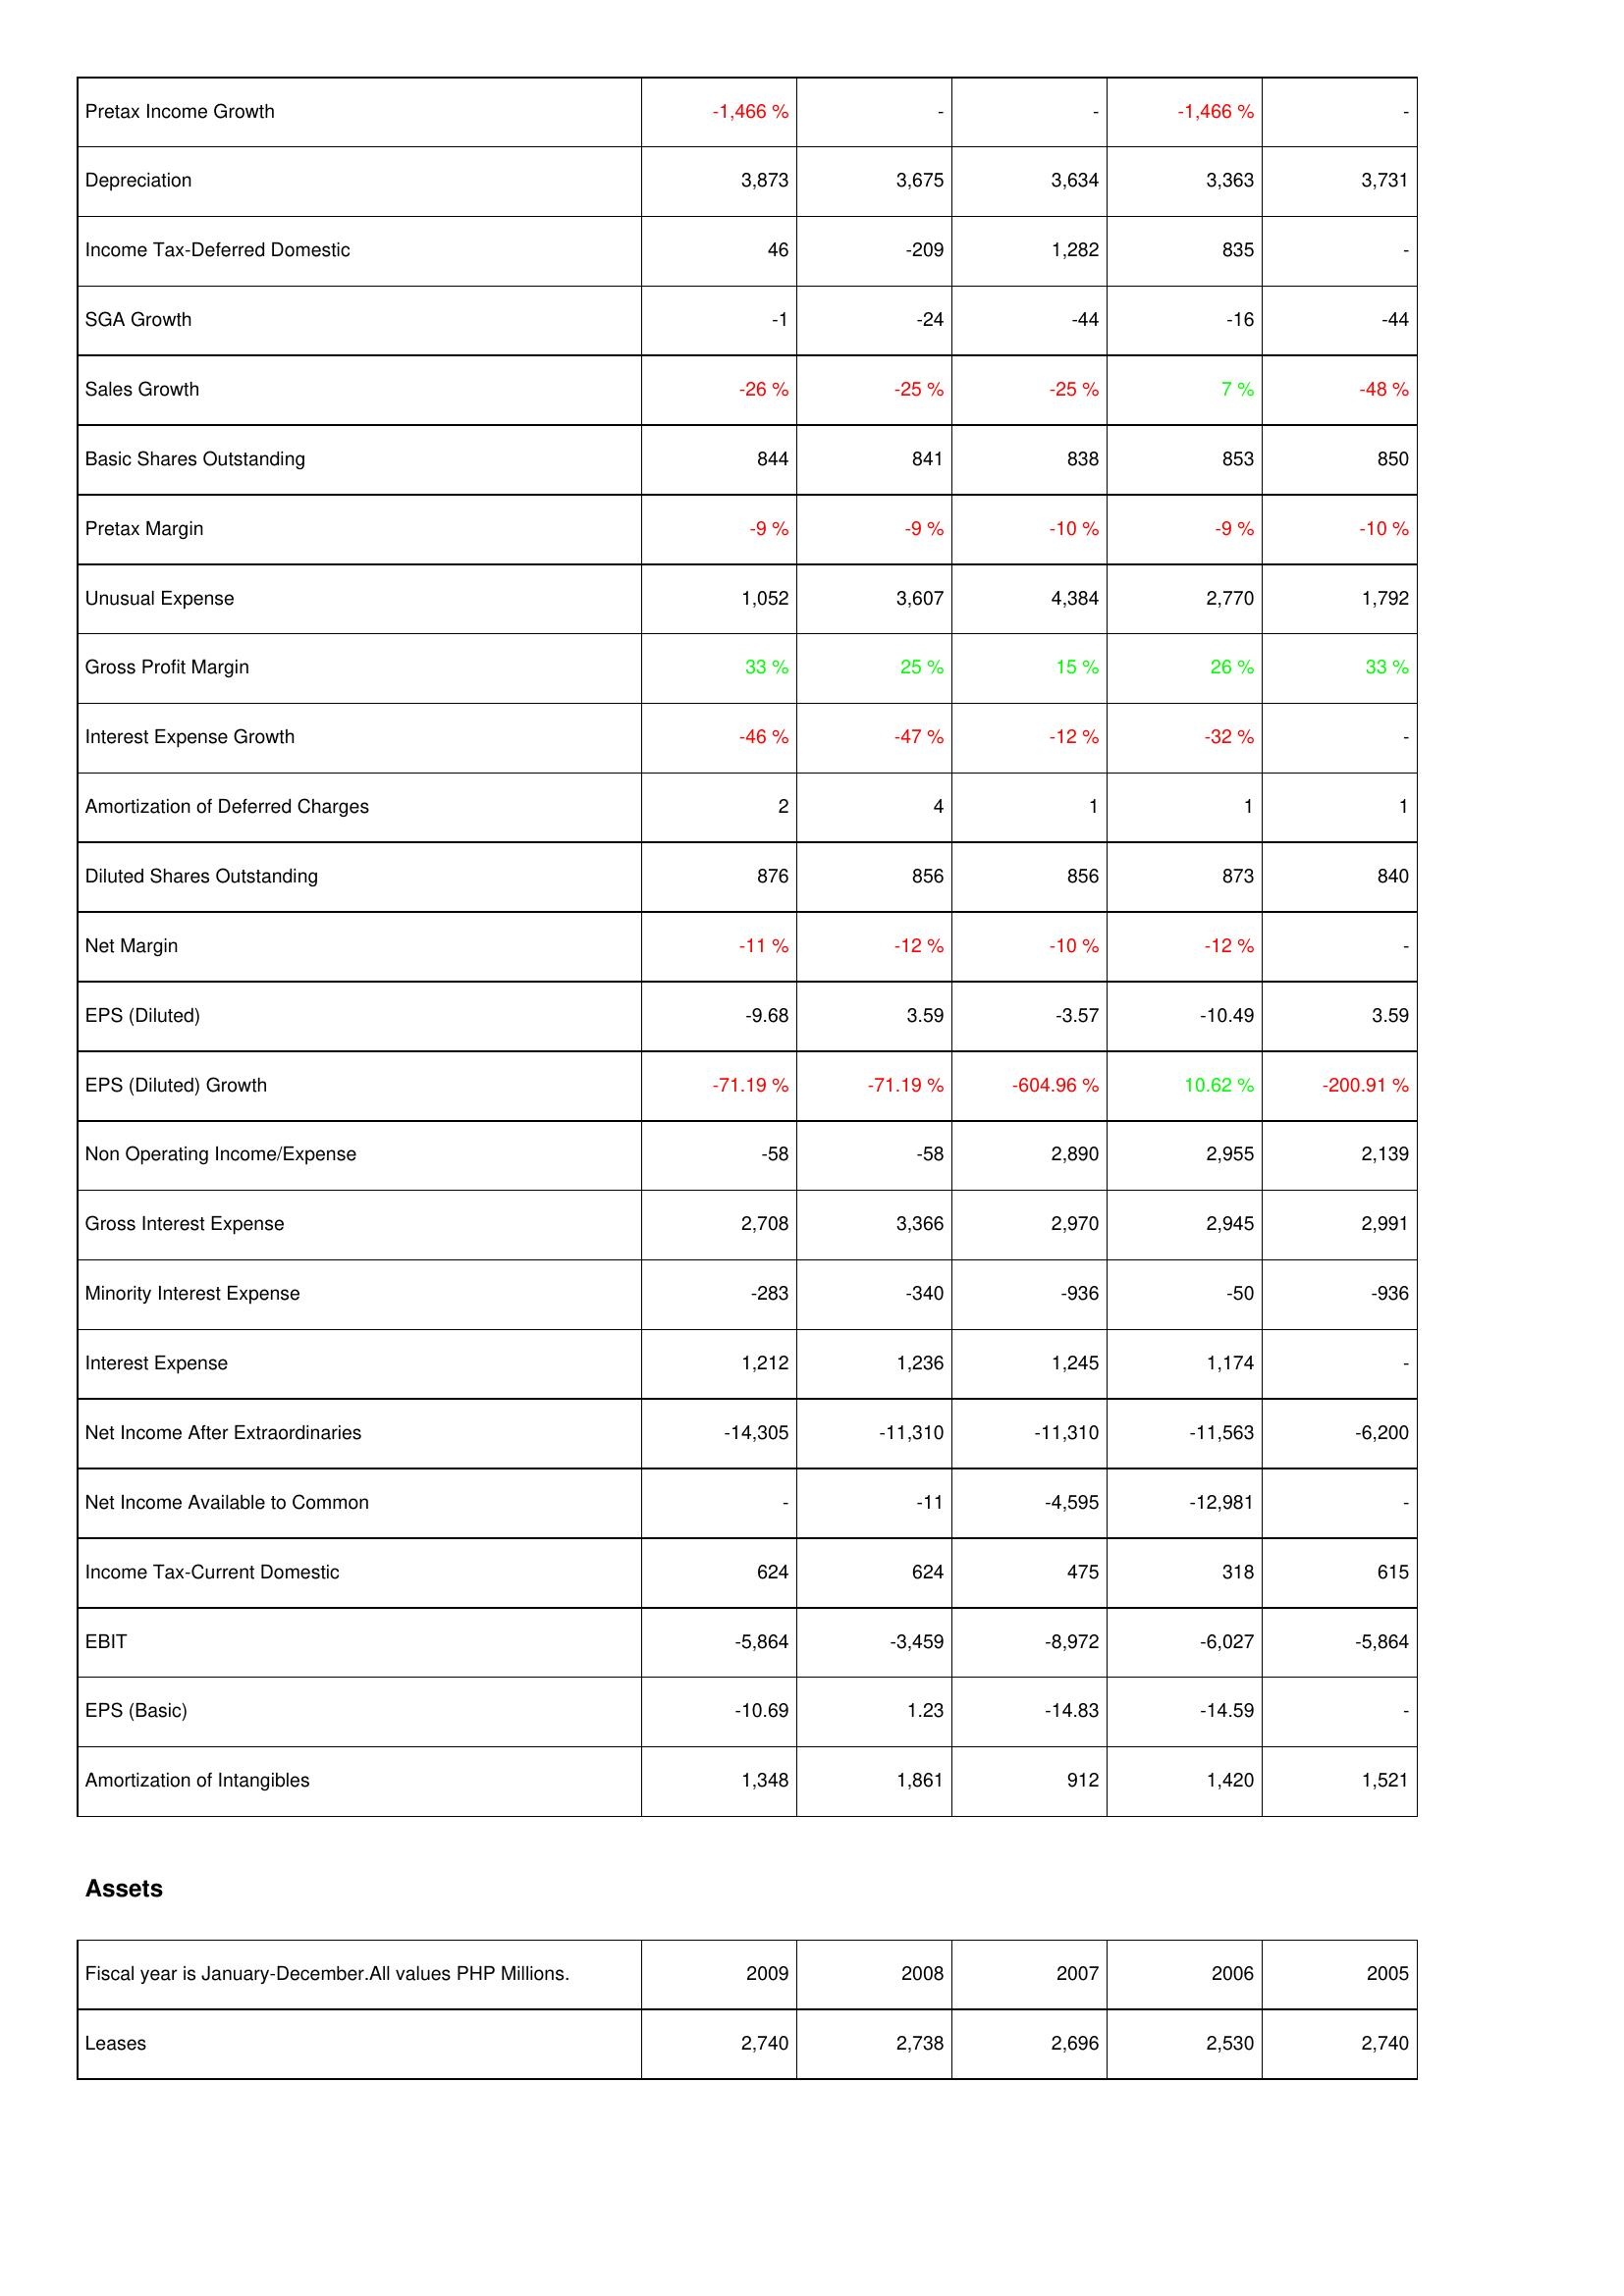
2009: Income Statement: Pretax Income Growth: -1,466 %
Depreciation: 3,873
Income Tax-Deferred Domestic: 46
SGA Growth: -1
Sales Growth: -26 %
Basic Shares Outstanding: 844
Pretax Margin: -9 %
Unusual Expense: 1,052
Gross Profit Margin: 33 %
Interest Expense Growth: -46 %
Amortization of Deferred Charges: 2
Diluted Shares Outstanding: 876
Net Margin: -11 %
EPS (Diluted): -9.68
EPS (Diluted) Growth: -71.19 %
Non Operating Income/Expense: -58
Gross Interest Expense: 2,708
Minority Interest Expense: -283
Interest Expense: 1,212
Net Income After Extraordinaries: -14,305
Net Income Available to Common: -
Income Tax-Current Domestic: 624
EBIT: -5,864
EPS (Basic): -10.69
Amortization of Intangibles: 1,348
Assets: Leases: 2,740
2008: Income Statement: Pretax Income Growth: -
Depreciation: 3,675
Income Tax-Deferred Domestic: -209
SGA Growth: -24
Sales Growth: -25 %
Basic Shares Outstanding: 841
Pretax Margin: -9 %
Unusual Expense: 3,607
Gross Profit Margin: 25 %
Interest Expense Growth: -47 %
Amortization of Deferred Charges: 4
Diluted Shares Outstanding: 856
Net Margin: -12 %
EPS (Diluted): 3.59
EPS (Diluted) Growth: -71.19 %
Non Operating Income/Expense: -58
Gross Interest Expense: 3,366
Minority Interest Expense: -340
Interest Expense: 1,236
Net Income After Extraordinaries: -11,310
Net Income Available to Common: -11
Income Tax-Current Domestic: 624
EBIT: -3,459
EPS (Basic): 1.23
Amortization of Intangibles: 1,861
Assets: Leases: 2,738
2007: Income Statement: Pretax Income Growth: -
Depreciation: 3,634
Income Tax-Deferred Domestic: 1,282
SGA Growth: -44
Sales Growth: -25 %
Basic Shares Outstanding: 838
Pretax Margin: -10 %
Unusual Expense: 4,384
Gross Profit Margin: 15 %
Interest Expense Growth: -12 %
Amortization of Deferred Charges: 1
Diluted Shares Outstanding: 856
Net Margin: -10 %
EPS (Diluted): -3.57
EPS (Diluted) Growth: -604.96 %
Non Operating Income/Expense: 2,890
Gross Interest Expense: 2,970
Minority Interest Expense: -936
Interest Expense: 1,245
Net Income After Extraordinaries: -11,310
Net Income Available to Common: -4,595
Income Tax-Current Domestic: 475
EBIT: -8,972
EPS (Basic): -14.83
Amortization of Intangibles: 912
Assets: Leases: 2,696
2006: Income Statement: Pretax Income Growth: -1,466 %
Depreciation: 3,363
Income Tax-Deferred Domestic: 835
SGA Growth: -16
Sales Growth: 7 %
Basic Shares Outstanding: 853
Pretax Margin: -9 %
Unusual Expense: 2,770
Gross Profit Margin: 26 %
Interest Expense Growth: -32 %
Amortization of Deferred Charges: 1
Diluted Shares Outstanding: 873
Net Margin: -12 %
EPS (Diluted): -10.49
EPS (Diluted) Growth: 10.62 %
Non Operating Income/Expense: 2,955
Gross Interest Expense: 2,945
Minority Interest Expense: -50
Interest Expense: 1,174
Net Income After Extraordinaries: -11,563
Net Income Available to Common: -12,981
Income Tax-Current Domestic: 318
EBIT: -6,027
EPS (Basic): -14.59
Amortization of Intangibles: 1,420
Assets: Leases: 2,530
2005: Income Statement: Pretax Income Growth: -
Depreciation: 3,731
Income Tax-Deferred Domestic: -
SGA Growth: -44
Sales Growth: -48 %
Basic Shares Outstanding: 850
Pretax Margin: -10 %
Unusual Expense: 1,792
Gross Profit Margin: 33 %
Interest Expense Growth: -
Amortization of Deferred Charges: 1
Diluted Shares Outstanding: 840
Net Margin: -
EPS (Diluted): 3.59
EPS (Diluted) Growth: -200.91 %
Non Operating Income/Expense: 2,139
Gross Interest Expense: 2,991
Minority Interest Expense: -936
Interest Expense: -
Net Income After Extraordinaries: -6,200
Net Income Available to Common: -
Income Tax-Current Domestic: 615
EBIT: -5,864
EPS (Basic): -
Amortization of Intangibles: 1,521
Assets: Leases: 2,740